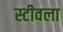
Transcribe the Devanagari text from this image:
स्टीवला